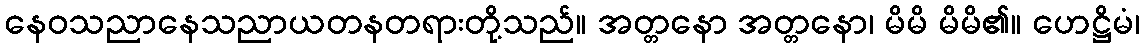
နေဝသညာနေသညာယတနတရားတို့သည်။ အတ္တနော အတ္တနော၊ မိမိ မိမိ၏။ ဟေဋ္ဌိမံ၊